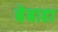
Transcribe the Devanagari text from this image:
बेबाहा